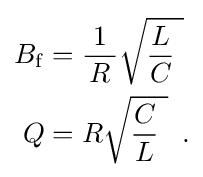
{\begin{aligned}B_{\mathrm {f} }&={\frac {1}{\,R\,}}{\sqrt {{\frac {L}{C}}~}}\\Q&=R{\sqrt {{\frac {C}{L}}~}}\,~.\end{aligned}}